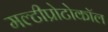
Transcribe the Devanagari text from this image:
मल्टीप्रोटोकॉल